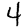
Digit: 4